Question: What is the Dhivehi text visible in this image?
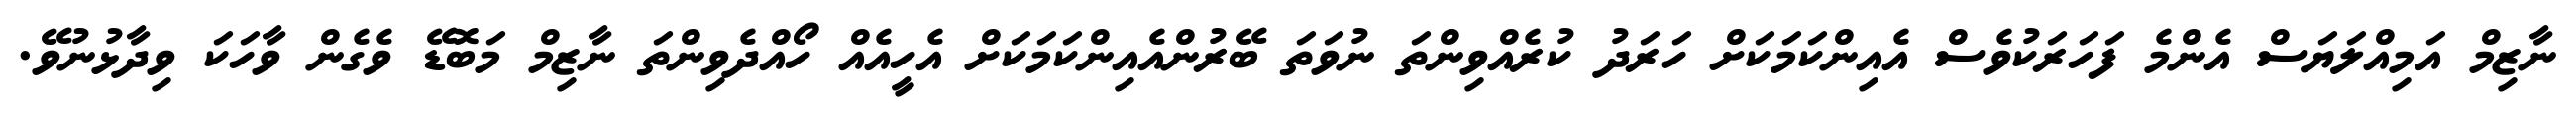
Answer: ނާޒިމް އަމިއްލަޔަސް އެންމެ ފަހަރަކުވެސް އެއިންކަމަކަށް ހަރަދު ކުރެއްވިންތަ ނުވަތަ ބޭރުންއެއިންކަމަކަށް އެހީއެއް ހޯއްދެވިންތަ ނާޒިމް މަބޮޑޭ ވެގެން ވާހަކަ ވިދާޅުނުވޭ.